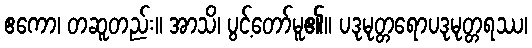
ဧကော၊ တဆူတည်း။ အာသိ၊ ပွင့်တော်မူ၏။ ပဒုမုတ္တရောပဒုမုတ္တရဿ၊